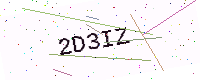
Text: 2D3IZ